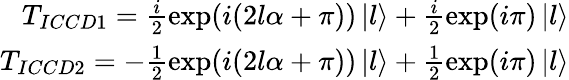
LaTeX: \begin{array}{r}{T_{ICCD1}=\frac{i}{2}\exp(i(2l\alpha+\pi))\left|l\right\rangle+\frac{i}{2}\exp(i\pi)\left|l\right\rangle}\\ {T_{ICCD2}=-\frac{1}{2}\exp(i(2l\alpha+\pi))\left|l\right\rangle+\frac{1}{2}\exp(i\pi)\left|l\right\rangle}\end{array}